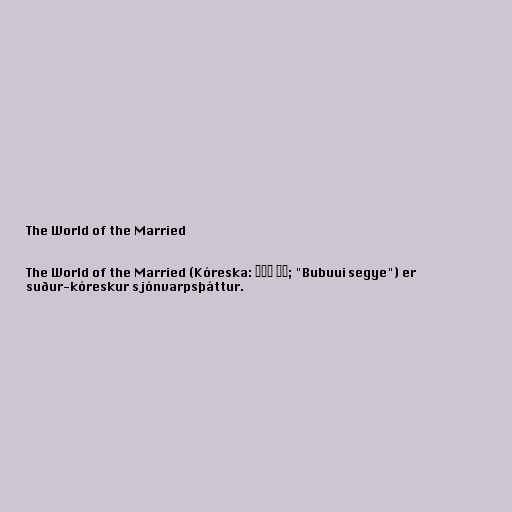
The World of the Married

The World of the Married (Kóreska: 부부의 세계; "Bubuui segye") er
suður-kóreskur sjónvarpsþáttur.